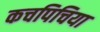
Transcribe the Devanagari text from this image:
कचपिचिया